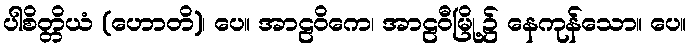
ပါစိတ္တိယံ (ဟောတိ)၊ ပေ။ အာဠဝိကေ၊ အာဠဝီမြို့၌ နေကုန်သော။ ပေ။